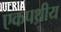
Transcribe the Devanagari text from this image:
एकपथीय